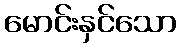
မောင်းနှင်သော